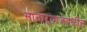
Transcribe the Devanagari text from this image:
साताऱ्याजवळील